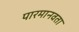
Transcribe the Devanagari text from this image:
पारमानवता